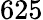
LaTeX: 625